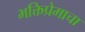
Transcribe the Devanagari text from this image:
भक्तिप्रेमाचा